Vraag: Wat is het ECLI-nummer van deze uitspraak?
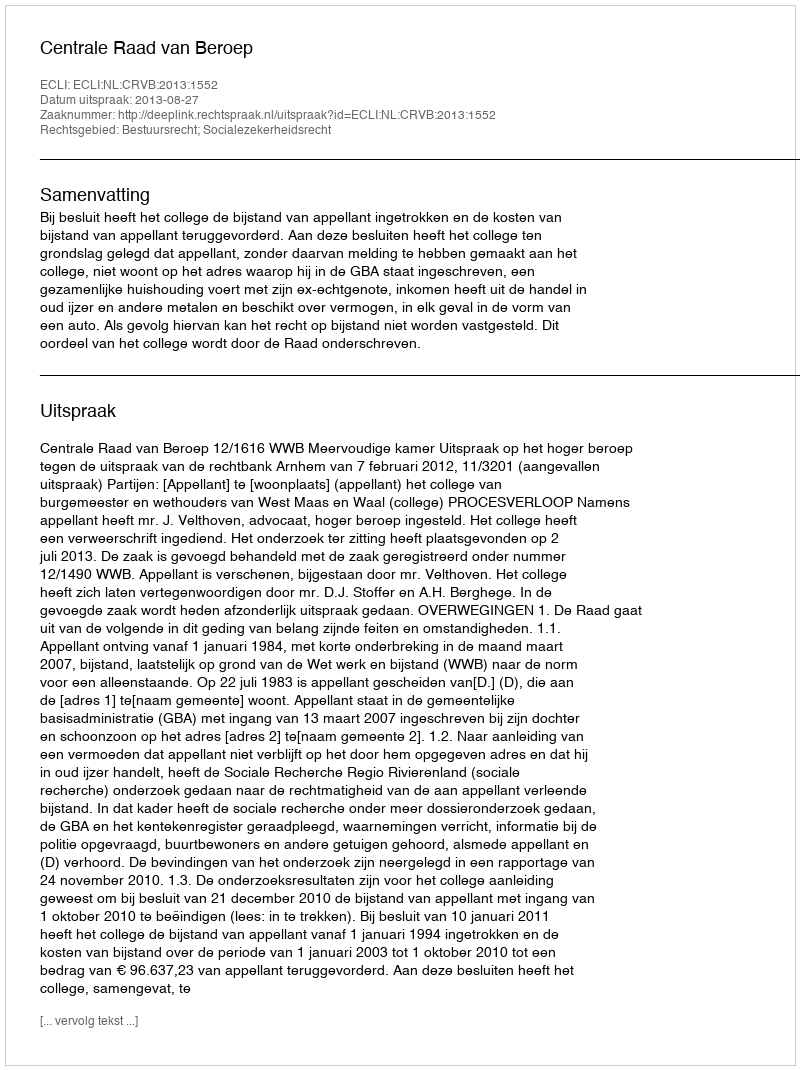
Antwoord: ECLI:NL:CRVB:2013:1552